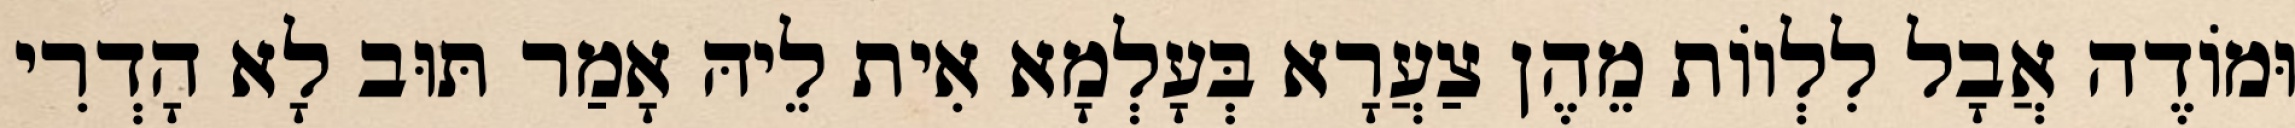
וּמוֹדֶה אֲבָל לִלְווֹת מֵהֶן צַעֲרָא בְּעָלְמָא אִית לֵיהּ אָמַר תּוּב לָא הָדְרִי